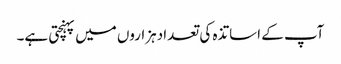
آپ کے اساتذہ کی تعدا دہزاروں میں پہنچتی ہے۔